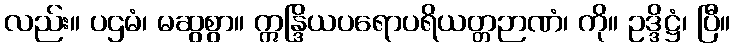
လည်း။ ပဌမံ၊ မဆွစွာ။ ဣန္ဒြိယပရောပရိယတ္တဉာဏံ၊ ကို။ ဥဒ္ဒိဋ္ဌံ၊ ပြီ။